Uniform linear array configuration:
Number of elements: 64
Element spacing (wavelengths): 1
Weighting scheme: hann
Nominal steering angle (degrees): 60
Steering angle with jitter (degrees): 59.201
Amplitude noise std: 0.05
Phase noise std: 0.05

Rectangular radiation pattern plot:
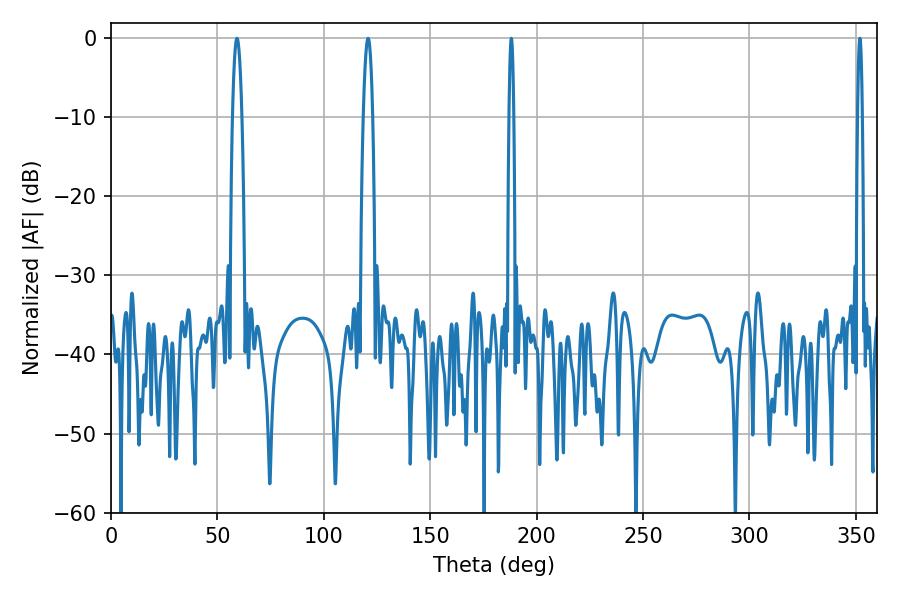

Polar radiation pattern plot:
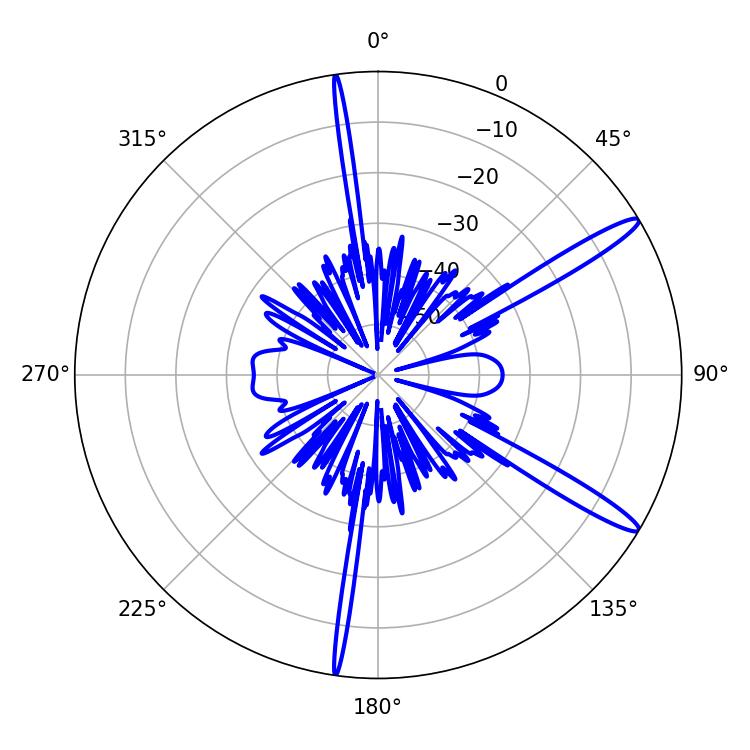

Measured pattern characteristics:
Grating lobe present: TRUE
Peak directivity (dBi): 14.363
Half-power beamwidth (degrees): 1.08
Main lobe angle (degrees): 188.1